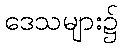
ဒေသများ၌